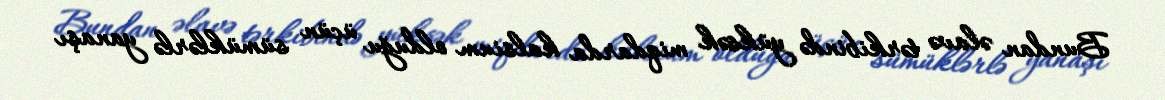
Bundan əlavə tərkibində yüksək miqdarda kalsium olduğu üçün sümüklərlə yanaşı